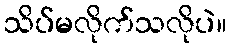
သိပ်မလိုက်သလိုပဲ။